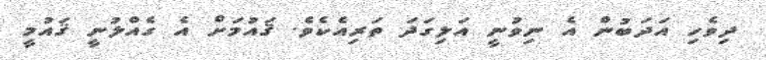
ދިވެހި އަދަބުން އެ ނިވުނީ އަލިގަދަ ތަރިއެކެވެ. ޤައުމަށް އެ ގެއްލުނީ ޤައުމީ